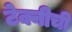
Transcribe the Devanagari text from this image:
टेक्नीची